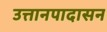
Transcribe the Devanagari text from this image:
उत्तानपादासन